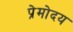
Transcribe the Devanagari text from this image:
प्रेमोदय